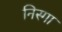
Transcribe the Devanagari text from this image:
निस्गा